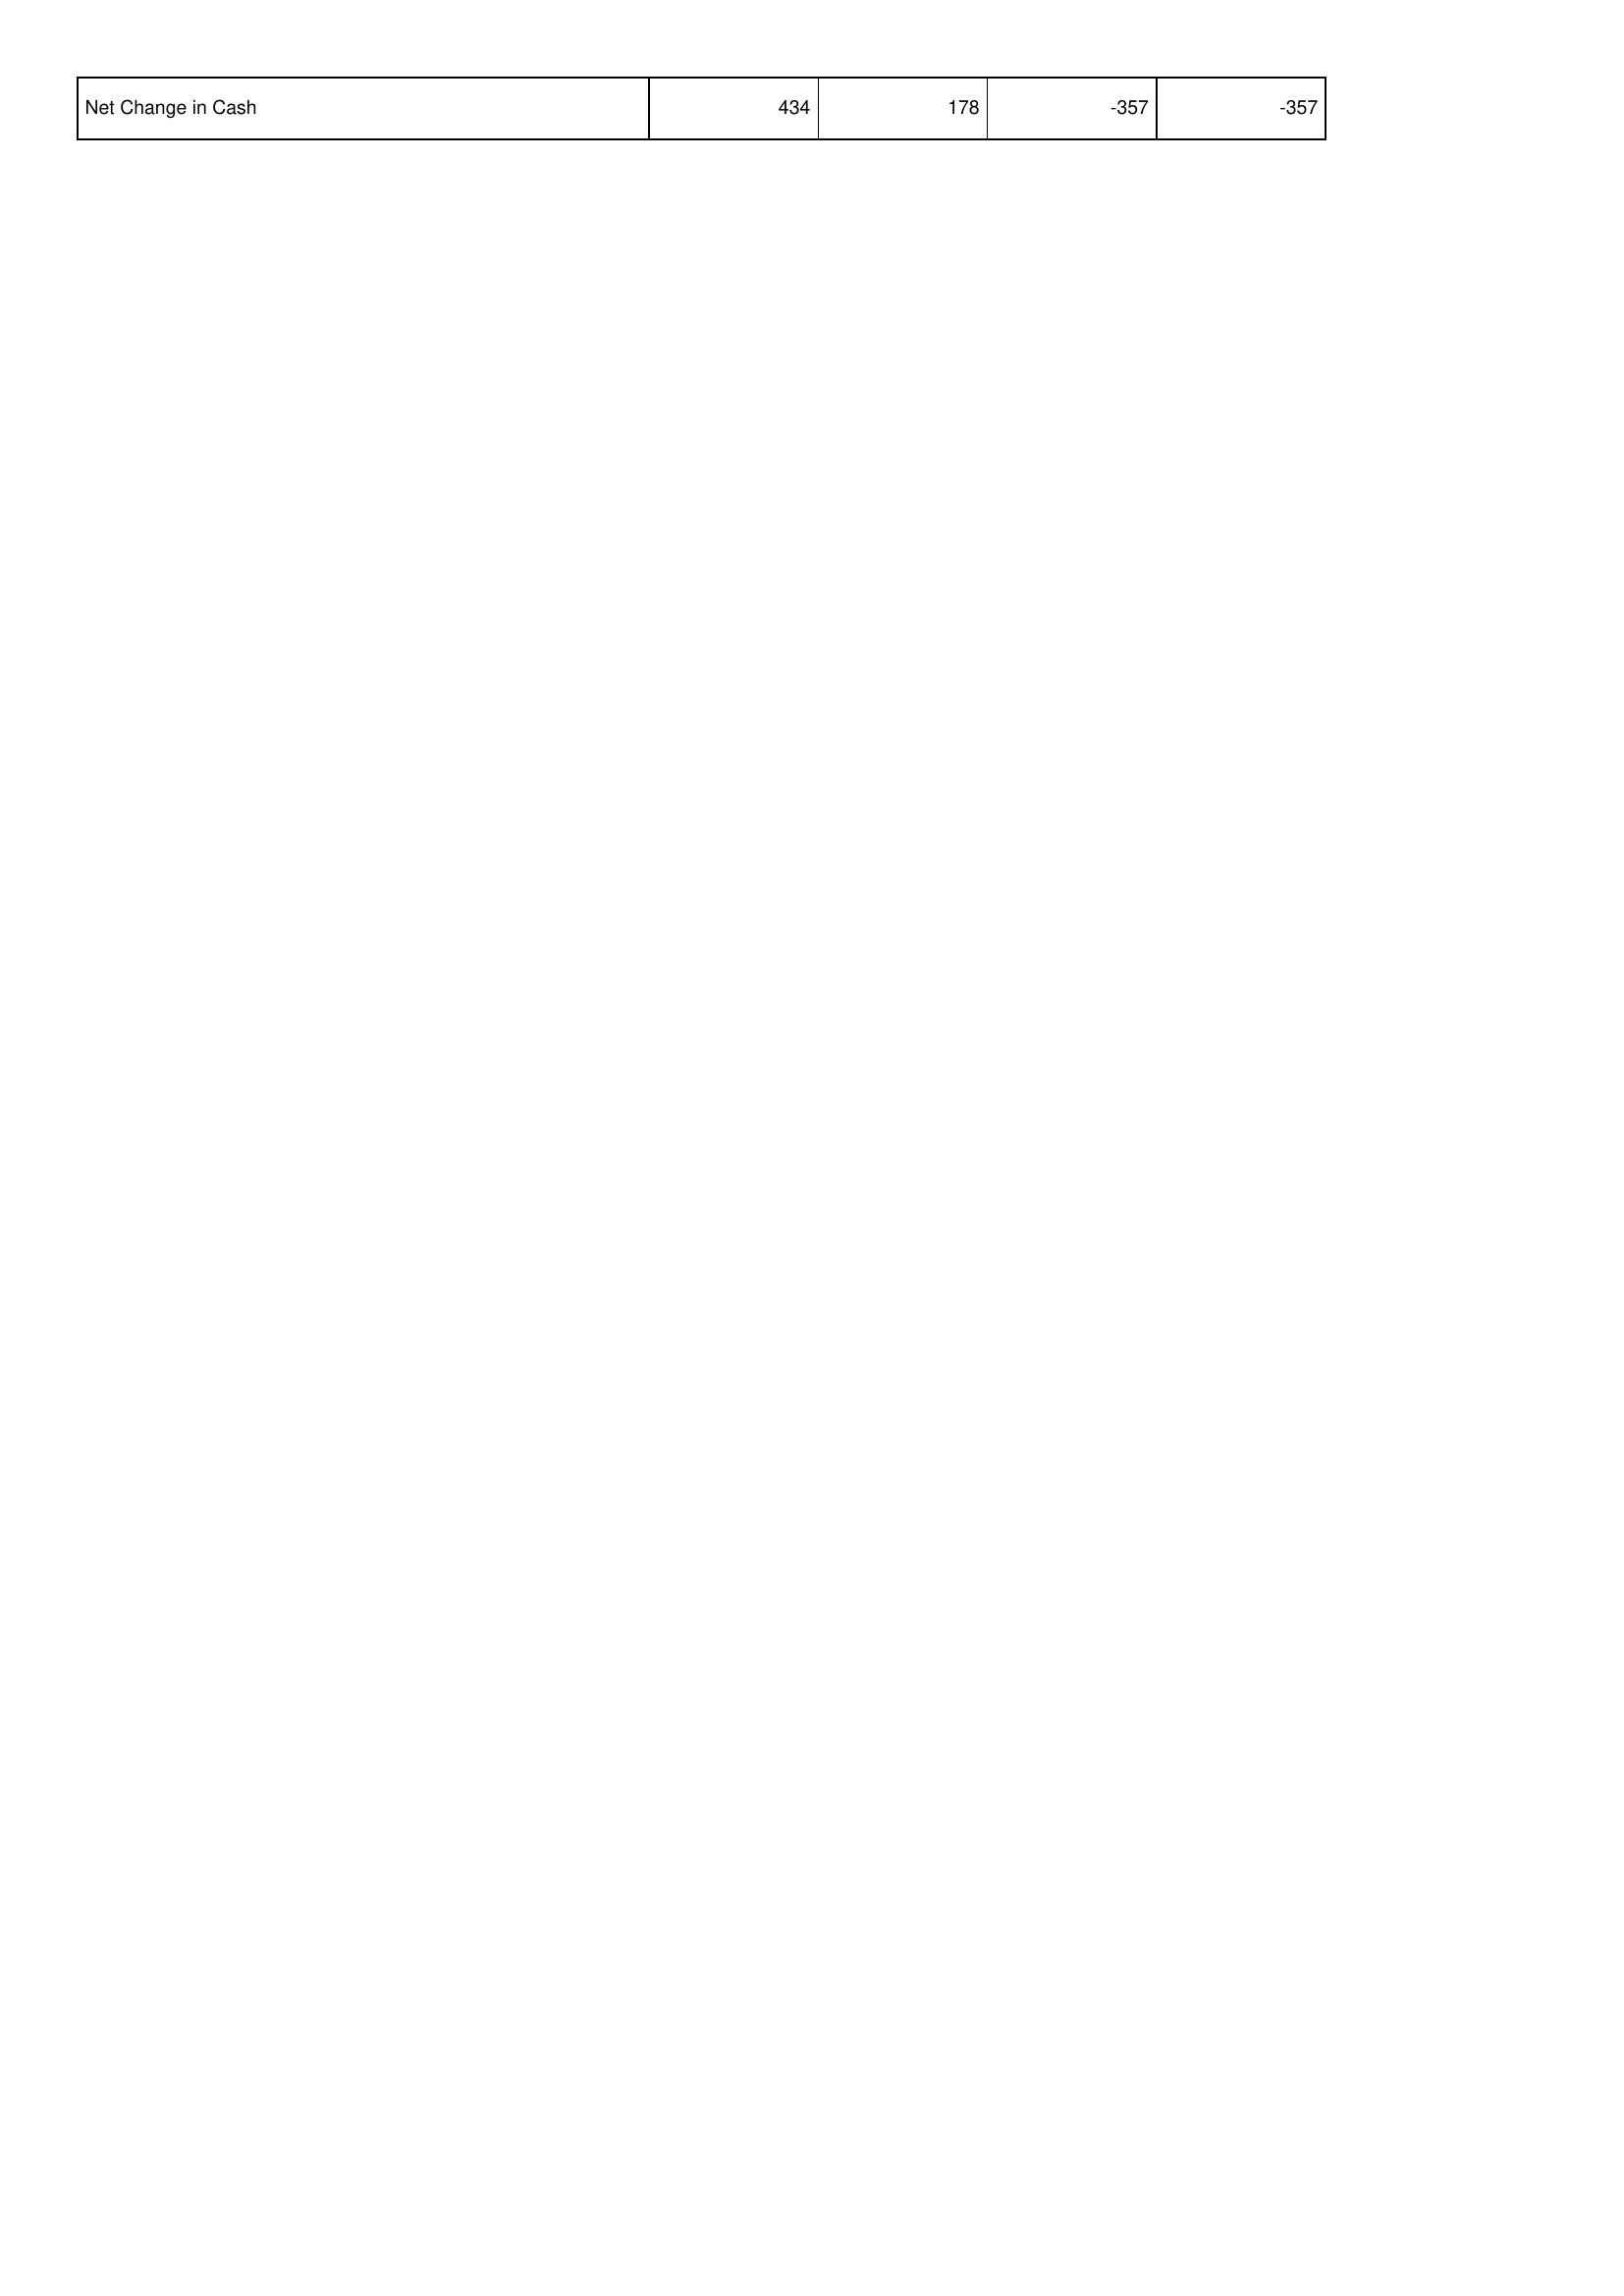
2013: Financing Activities: Net Change in Cash: 434
2012: Financing Activities: Net Change in Cash: 178
2011: Financing Activities: Net Change in Cash: -357
2010: Financing Activities: Net Change in Cash: -357